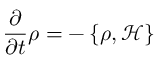
{ \frac { \partial } { \partial t } } \rho = - \left\{ \rho , { \mathcal { H } } \right\}